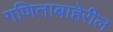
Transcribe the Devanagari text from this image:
गणिताबाहेरील